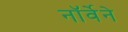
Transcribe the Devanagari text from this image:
नॉर्वेने